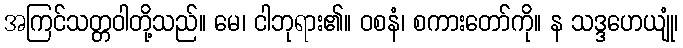
အကြင်သတ္တဝါတို့သည်။ မေ၊ ငါဘုရား၏။ ဝစနံ၊ စကားတော်ကို။ န သဒ္ဒဟေယျုံ၊